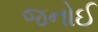
જનોઈ